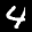
Label: 4